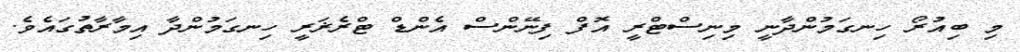
މި ބިއުރޯ ހިނގަމުންދާނީ މިނިސްޓްރީ އޮފް ފިނޭންސް އެންޑް ޓްރެޜަރީ ހިނގަމުންދާ އިމާރާތުގައެވެ.